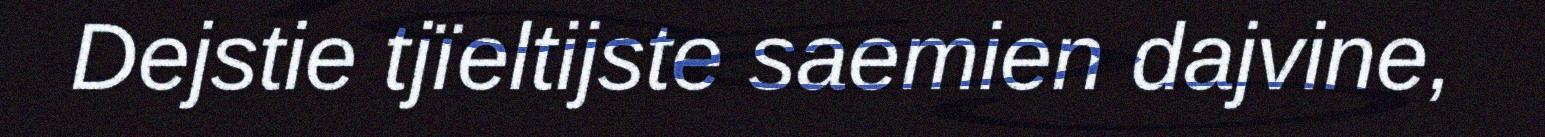
Dejstie tjïeltijste saemien dajvine,